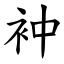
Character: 衶